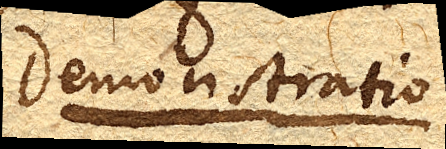
Demonstratio